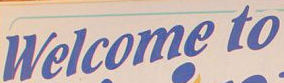
welcome to